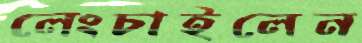
লেংচাইলেন